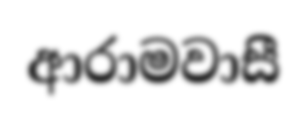
ආරාමවාසී